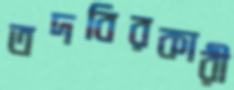
তদবিরকারী